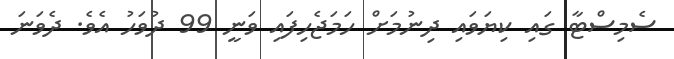
ސެމިސްޓާ ގައި ކިޔަވައި ދިނުމަށް ހަމަޖެހިފައި ވަނީ 99 ދުވަހު އެވެ. ދެވަނަ